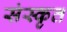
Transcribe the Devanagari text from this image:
संस्‍कृत